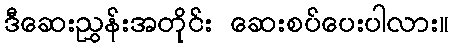
ဒီဆေးညွှန်းအတိုင်း ဆေးစပ်ပေးပါလား။